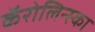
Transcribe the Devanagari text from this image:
कॅरोलिन्स्का